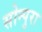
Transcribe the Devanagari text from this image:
सोन्पुरा